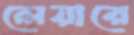
লেয়ারে